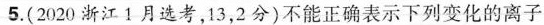
5.(2020浙江1月选考，13，2分)不能正确表示下列变化的离子